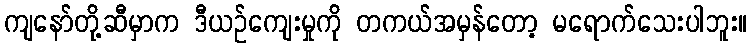
ကျနော်တို့ဆီမှာက ဒီယဉ်ကျေးမှုကို တကယ်အမှန်တော့ မရောက်သေးပါဘူး။